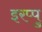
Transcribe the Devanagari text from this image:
इरप्पु